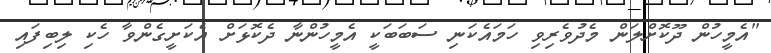
"އެމީހުން ދޫކޮށްލަން މެދުވެރިވި ހަމައެކަނި ސަބަބަކީ އެމީހުންނާ ދެކޮޅަށް އެކަށީގެންވާ ހެކި ލިބިފައި